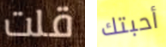
قلت أحبتك